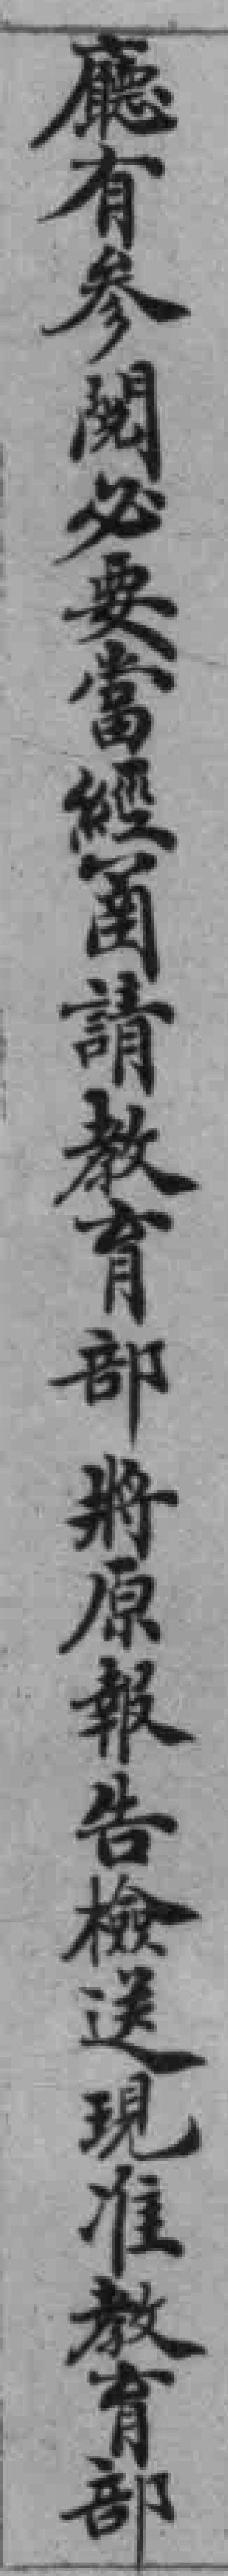
廳有参閲必要當經圅請教育部將原報告檢送現准教育部